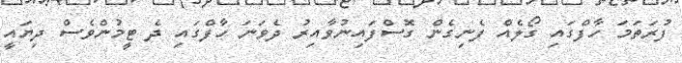
ފުރަތަމަ ހާފްގައި ގޯލެއް ފެނިގެން ގޮސްފައިނުވާއިރު ދެވަނަ ހާފްގައި ދެ ޓީމުންވެސް ދިޔައީ